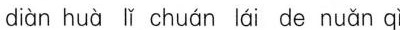
diàn huà lǐ chuán lái de nuǎn qì